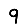
Digit: 9